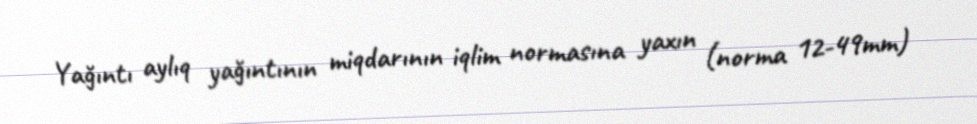
Yağıntı aylıq yağıntının miqdarının iqlim normasına yaxın (norma 12-49mm)